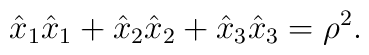
\hat{x}_{1}\hat{x}_{1}+\hat{x}_{2}\hat{x}_{2}+\hat{x}_{3}\hat{x}_{3} =\rho^{2}.